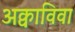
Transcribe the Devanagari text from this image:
अक्वाविवा